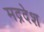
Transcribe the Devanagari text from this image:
मद्रदेश